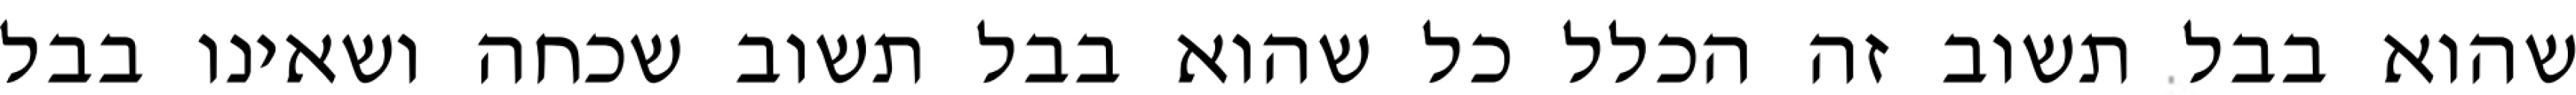
שהוא בבל תשוב זה הכלל כל שהוא בבל תשוב שכחה ושאינו בבל